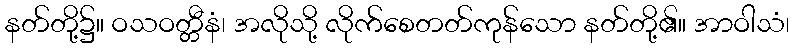
နတ်တို့၌။ ဝသဝတ္တီနံ၊ အလိုသို့ လိုက်စေတတ်ကုန်သော နတ်တို့၏။ အာဝါသံ၊